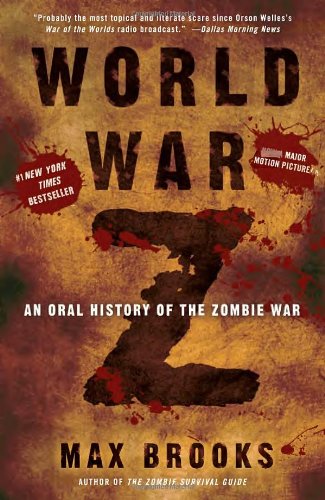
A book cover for World War Z: An Oral History of the Zombie War; Max Brooks; Mystery, Thriller & Suspense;